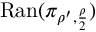
\mathrm { R a n } ( \pi _ { \rho ^ { \prime } , \frac { \rho } { 2 } } )